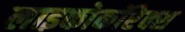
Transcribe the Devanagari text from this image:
लाइकोकॉरेक्स